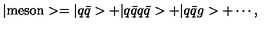
| \mathrm { m e s o n } > = | q \bar { q } > + | q \bar { q } q \bar { q } > + | q \bar { q } g > + \cdots ,